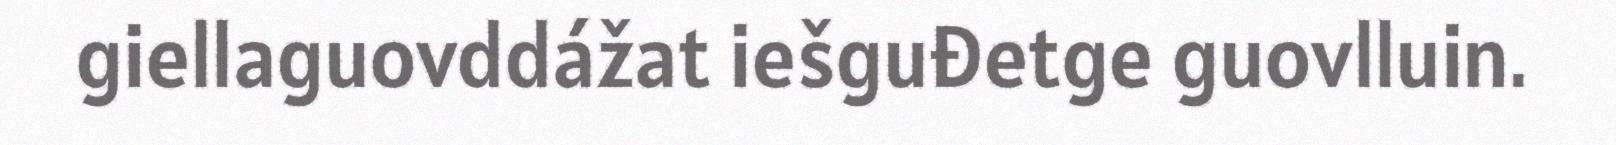
giellaguovddážat iešguđetge guovlluin.